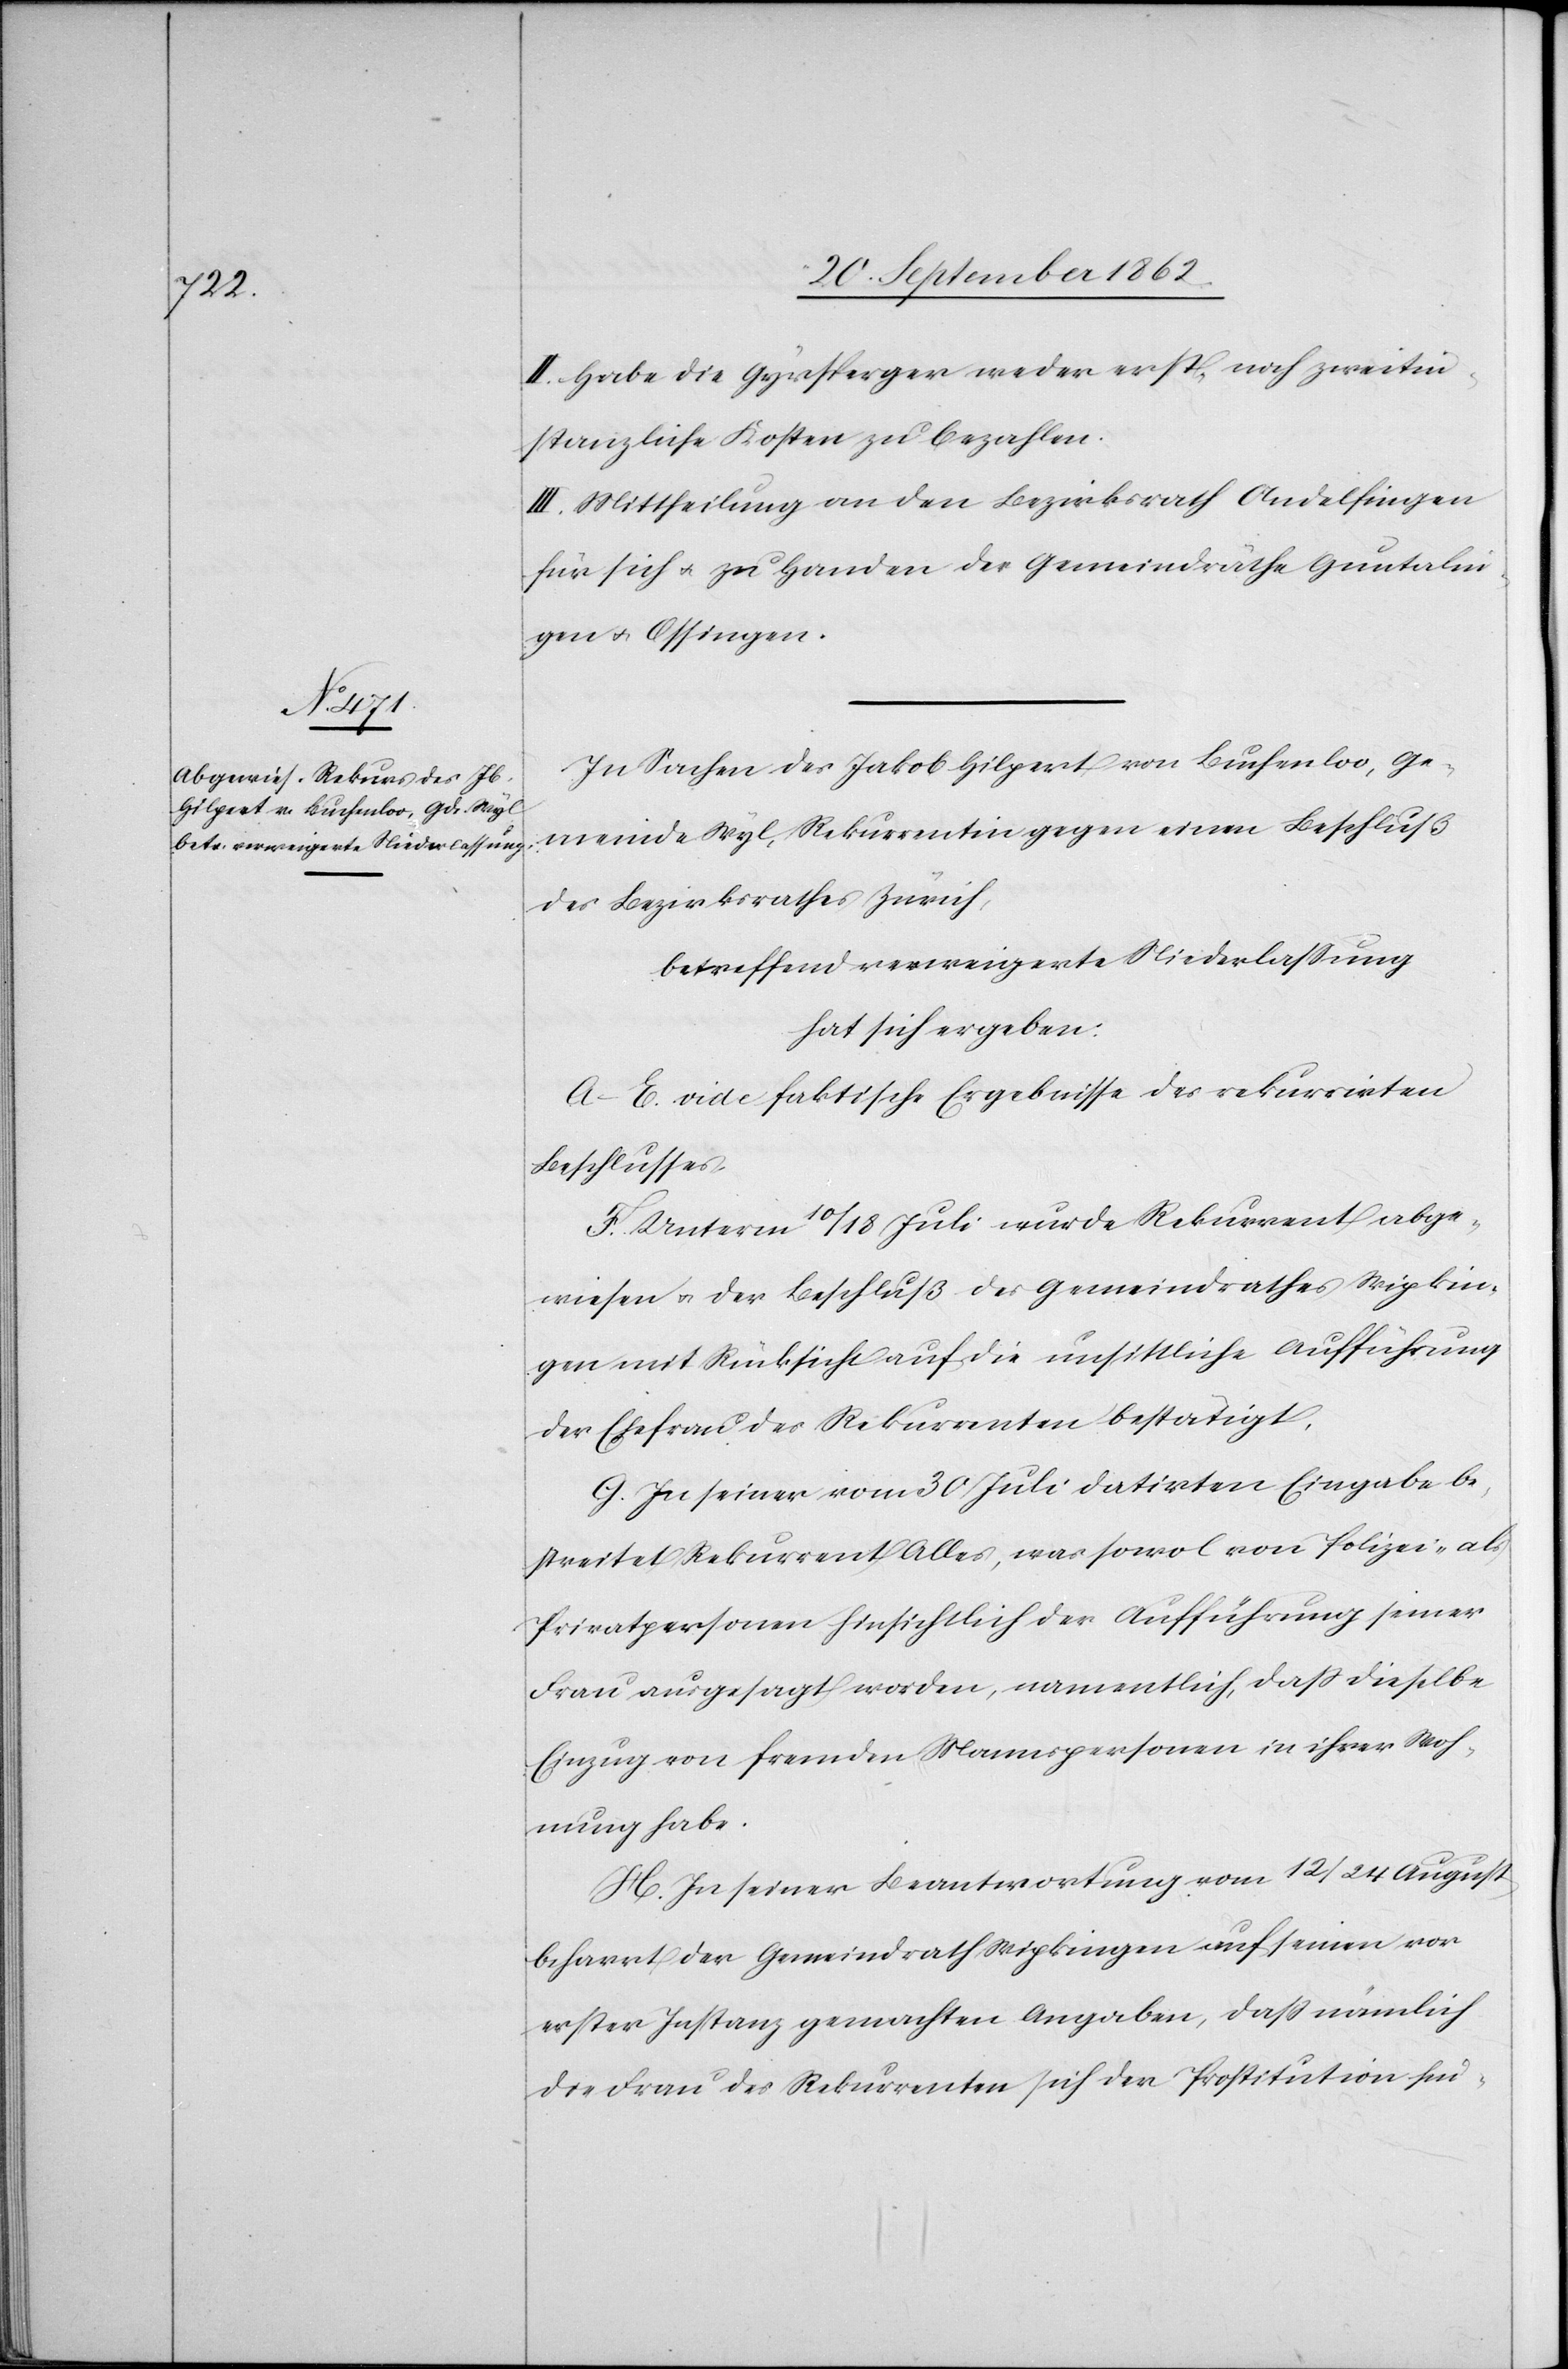
II. Habe die Gyrsperger weder erst- noch zweitin¬
stanzliche Kosten zu bezahlen.
III. Mittheilung an den Bezirksrath Andelfingen
für sich u. zu Handen der Gemeindräthe Guntalin¬
gen u. Ossingen.
In Sachen des Jakob Hilpert von Buchenloo, Ge¬
meinde Wyl, Rekurrentin gegen einen Beschluß
des Bezirksrathes Zürich,
betreffend verweigerte Niederlassung
hat sich ergeben:
A–E. vide faktische Ergebnisse des rekurrirten
Beschlusses.
F. Unterm 10/18. Juli wurde Rekurrent abge¬
wiesen u. der Beschluß des Gemeindrathes Wipkin¬
gen mit Rücksicht auf die unsittliche Aufführung
der Ehefrau des Rekurrenten bestätigt.
G. In seiner vom 30. Juli datirten Eingabe be¬
streitet Rekurrent Alles, was sowol von Polizei- als
Privatpersonen hinsichtlich der Aufführung seiner
Frau ausgesagt worden, namentlich, daß dieselbe
Einzug von fremden Mannspersonen in ihrer Woh¬
nung habe.
H. In seiner Beantwortung vom 12/24. August
beharrt der Gemeindrath Wipkingen auf seinen vor
erster Instanz gemachten Angaben, daß nämlich
die Frau des Rekurrenten sich der Prostitution hin-